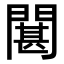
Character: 𮤘